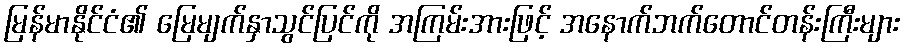
မြန်မာနိုင်ငံ၏ မြေမျက်နှာသွင်ပြင်ကို အကြမ်းအားဖြင့် အနောက်ဘက်တောင်တန်းကြီးများ